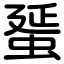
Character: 蜑